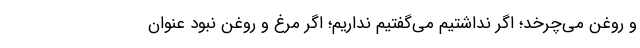
و روغن می‌چرخد؛ اگر نداشتیم می‌گفتیم نداریم؛ اگر مرغ و روغن نبود عنوان